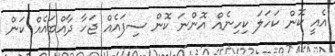
އެއީ ކޮން ކަހަލަ ކިހިނެއް އޮންނަ ކޮން ސިފައެއް ޖަހާ ދާއްބައެއް ކަން